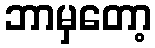
ဘာမှတော့